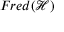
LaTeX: F r e d ( { \mathcal { H } } )